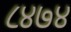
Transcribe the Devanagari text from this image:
८४७४